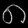
Digit: ၈